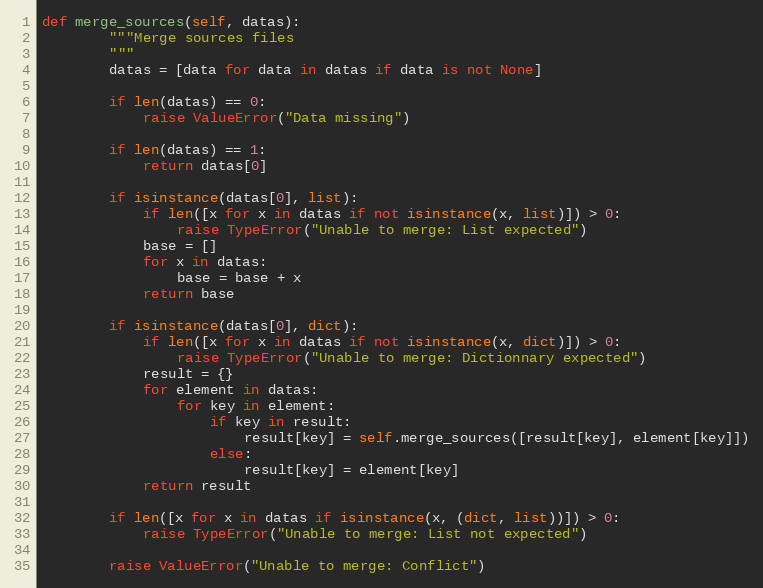
Language: Python
def merge_sources(self, datas):
        """Merge sources files
        """
        datas = [data for data in datas if data is not None]

        if len(datas) == 0:
            raise ValueError("Data missing")

        if len(datas) == 1:
            return datas[0]

        if isinstance(datas[0], list):
            if len([x for x in datas if not isinstance(x, list)]) > 0:
                raise TypeError("Unable to merge: List expected")
            base = []
            for x in datas:
                base = base + x
            return base

        if isinstance(datas[0], dict):
            if len([x for x in datas if not isinstance(x, dict)]) > 0:
                raise TypeError("Unable to merge: Dictionnary expected")
            result = {}
            for element in datas:
                for key in element:
                    if key in result:
                        result[key] = self.merge_sources([result[key], element[key]])
                    else:
                        result[key] = element[key]
            return result

        if len([x for x in datas if isinstance(x, (dict, list))]) > 0:
            raise TypeError("Unable to merge: List not expected")

        raise ValueError("Unable to merge: Conflict")